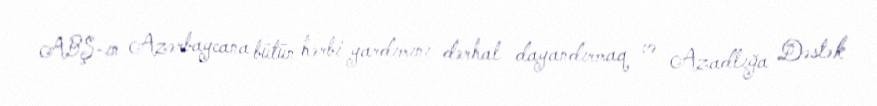
ABŞ-ın Azərbaycana bütün hərbi yardımını dərhal dayandırmaq və Azadlığa Dəstək